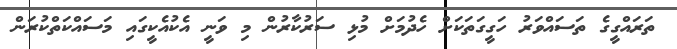
ތަރައްގީގެ ތަސައްވަރު ހަގީގަތަކަށް ހެދުމަށް މުޅި ސަރުކާރުން މި ވަނީ އެކުއެކީގައި މަސައްކަތްކުރަން